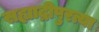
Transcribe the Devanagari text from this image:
सह्याद्रीपुरत्या